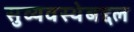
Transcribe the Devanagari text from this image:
सुव्यवस्थेबद्दल